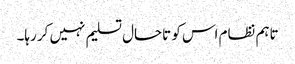
تاہم نظام اس کو تاحال تسلیم نہیں کر رہا۔